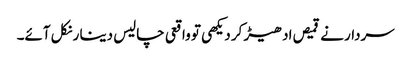
سردار نے قمیص ادھیڑ کر دیکھی تو واقعی چالیس دینا ر نکل آئے۔